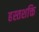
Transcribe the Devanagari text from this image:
हस्तशक्ति